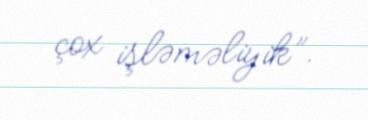
çox işləməliyik”.